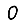
Digit: 0